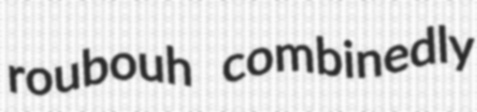
roubouh combinedly